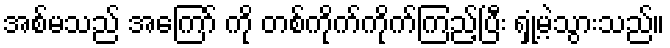
အစ်မသည် အကြော် ကို တစ်ကိုက်ကိုက်ကြည့်ပြီး ရှုံ့မဲ့သွားသည်။